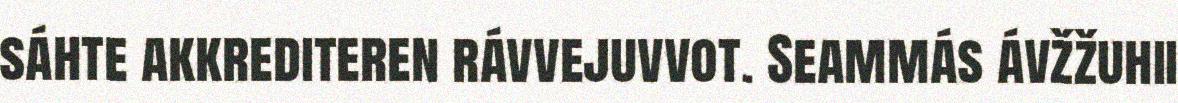
sáhte akkrediteren rávvejuvvot. Seammás ávžžuhii